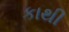
કાથી